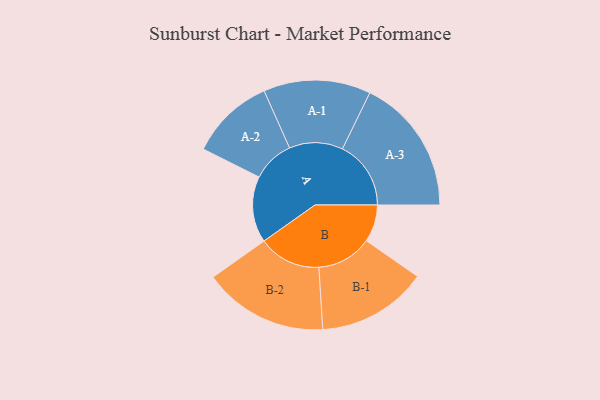
{"axis": {"x": "Segment", "y": "Value"}, "legend": ["", "A", "B"], "data": [{"x": "A", "y": 284, "type": ""}, {"x": "B", "y": 160, "type": ""}, {"x": "A-1", "y": 230, "type": "A"}, {"x": "A-2", "y": 181, "type": "A"}, {"x": "A-3", "y": 294, "type": "A"}, {"x": "B-1", "y": 237, "type": "B"}, {"x": "B-2", "y": 268, "type": "B"}]}